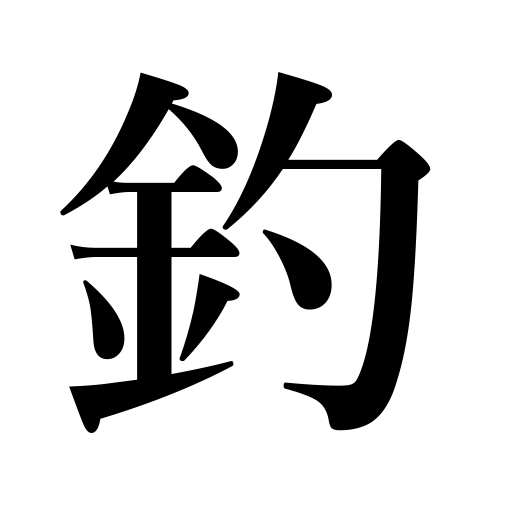
Meanings: catch,decoy,fish,angle,allure